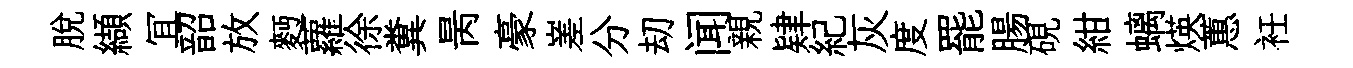
脱纈冝韶放麪蘿徐糞昺豪嵳分刧闻親肄紀灰度罷腸硯紺螭煐蕙衽